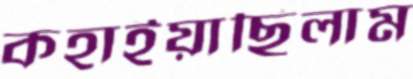
কহাইয়াছিলাম